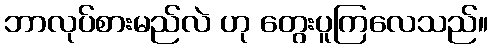
ဘာလုပ်စားမည်လဲ ဟု တွေးပူကြလေသည်။